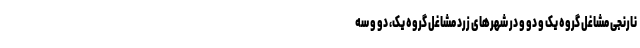
نارنجی مشاغل گروه یک و دو و در شهر‌های زرد مشاغل گروه یک، دو و سه